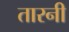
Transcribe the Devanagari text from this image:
तारनी